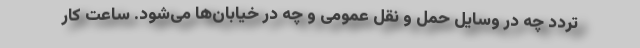
تردد چه در وسایل حمل و نقل عمومی و چه در خیابان‌ها می‌شود. ساعت کار